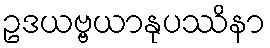
ဥဒယဗ္ဗယာနုပဿိနာ